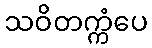
သဝိတက္ကံပေ